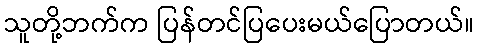
သူတို့ဘက်က ပြန်တင်ပြပေးမယ်ပြောတယ်။